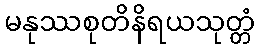
မနုဿစုတိနိရယသုတ္တံ